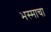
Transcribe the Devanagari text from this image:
भस्माचा